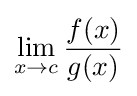
\lim _{x\to c}{\frac {f(x)}{g(x)}}